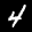
Label: 4